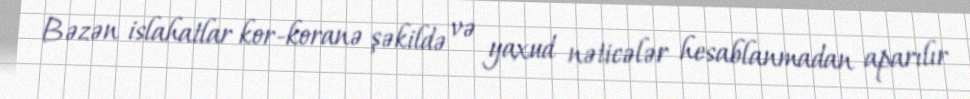
Bəzən islahatlar kor-koranə şəkildə və yaxud nəticələr hesablanmadan aparılır